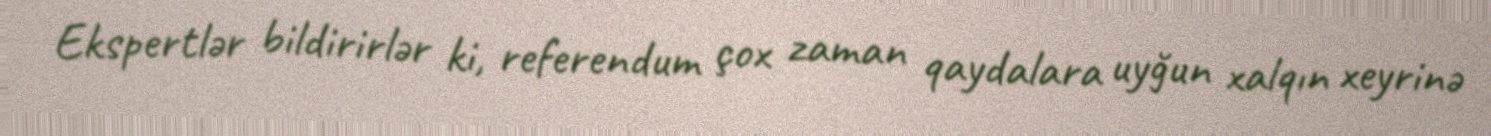
Ekspertlər bildirirlər ki, referendum çox zaman qaydalara uyğun xalqın xeyrinə